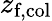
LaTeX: z_{\textrm{f,col}}